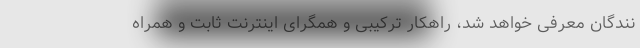
نندگان معرفی خواهد شد، راهکار ترکیبی و همگرای اینترنت ثابت و همراه